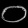
Digit: ၀